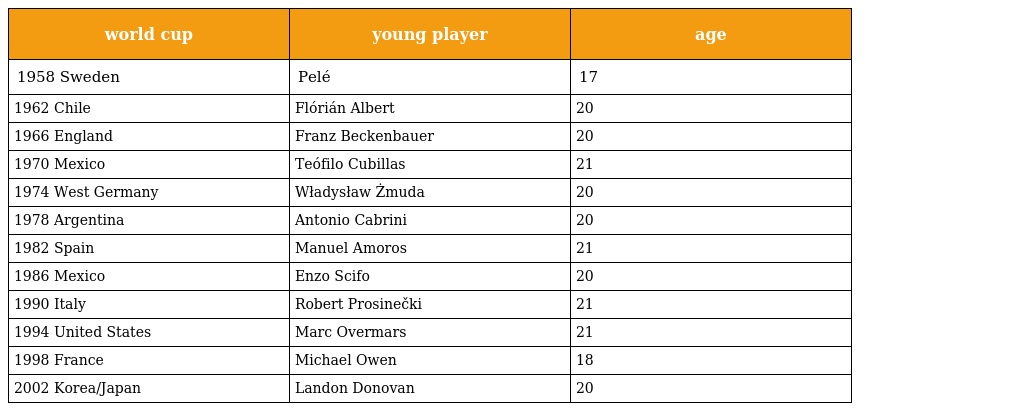
| world cup | young player | age |
 | --- | --- | --- |
 | 1958 Sweden | Pelé | 17 |
 | 1962 Chile | Flórián Albert | 20 |
 | 1966 England | Franz Beckenbauer | 20 |
 | 1970 Mexico | Teófilo Cubillas | 21 |
 | 1974 West Germany | Władysław Żmuda | 20 |
 | 1978 Argentina | Antonio Cabrini | 20 |
 | 1982 Spain | Manuel Amoros | 21 |
 | 1986 Mexico | Enzo Scifo | 20 |
 | 1990 Italy | Robert Prosinečki | 21 |
 | 1994 United States | Marc Overmars | 21 |
 | 1998 France | Michael Owen | 18 |
 | 2002 Korea/Japan | Landon Donovan | 20 |